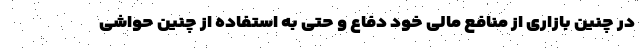
در چنین بازاری از منافع مالی خود دفاع و حتی به استفاده از چنین حواشی